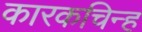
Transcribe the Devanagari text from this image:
कारकचिन्ह